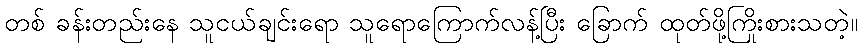
တစ် ခန်းတည်းနေ သူငယ်ချင်းရော သူရောကြောက်လန့်ပြီး ခြောက် ထုတ်ဖို့ကြိုးစားသတဲ့။